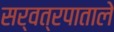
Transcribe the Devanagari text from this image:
सर्वत्रपाताले